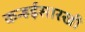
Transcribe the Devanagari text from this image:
कन्हईसारखी